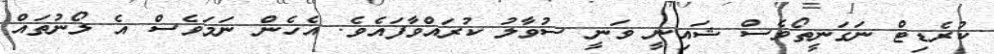
ކުރެޑިޓް ނަގަނީތޯވެސް ޝައިނީ ވަނީ ސުވާލު ކުރައްވާފައެެެވެ. އެހެން ނަަމަވެސް އެ ލޯނުތައް